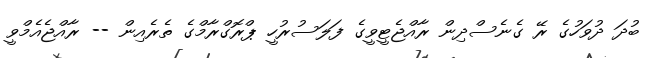
ބުދަ ދުވަހުގެ ރޭ ގެނެސްދިން ރާއްޖެޓީވީގެ ފަލަސުރުހީ ޕްރޮގްރާމްގެ ތެރެއިން -- ރާއްޖެއެމްވީ